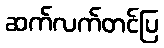
ဆက်လက်တင်ပြ